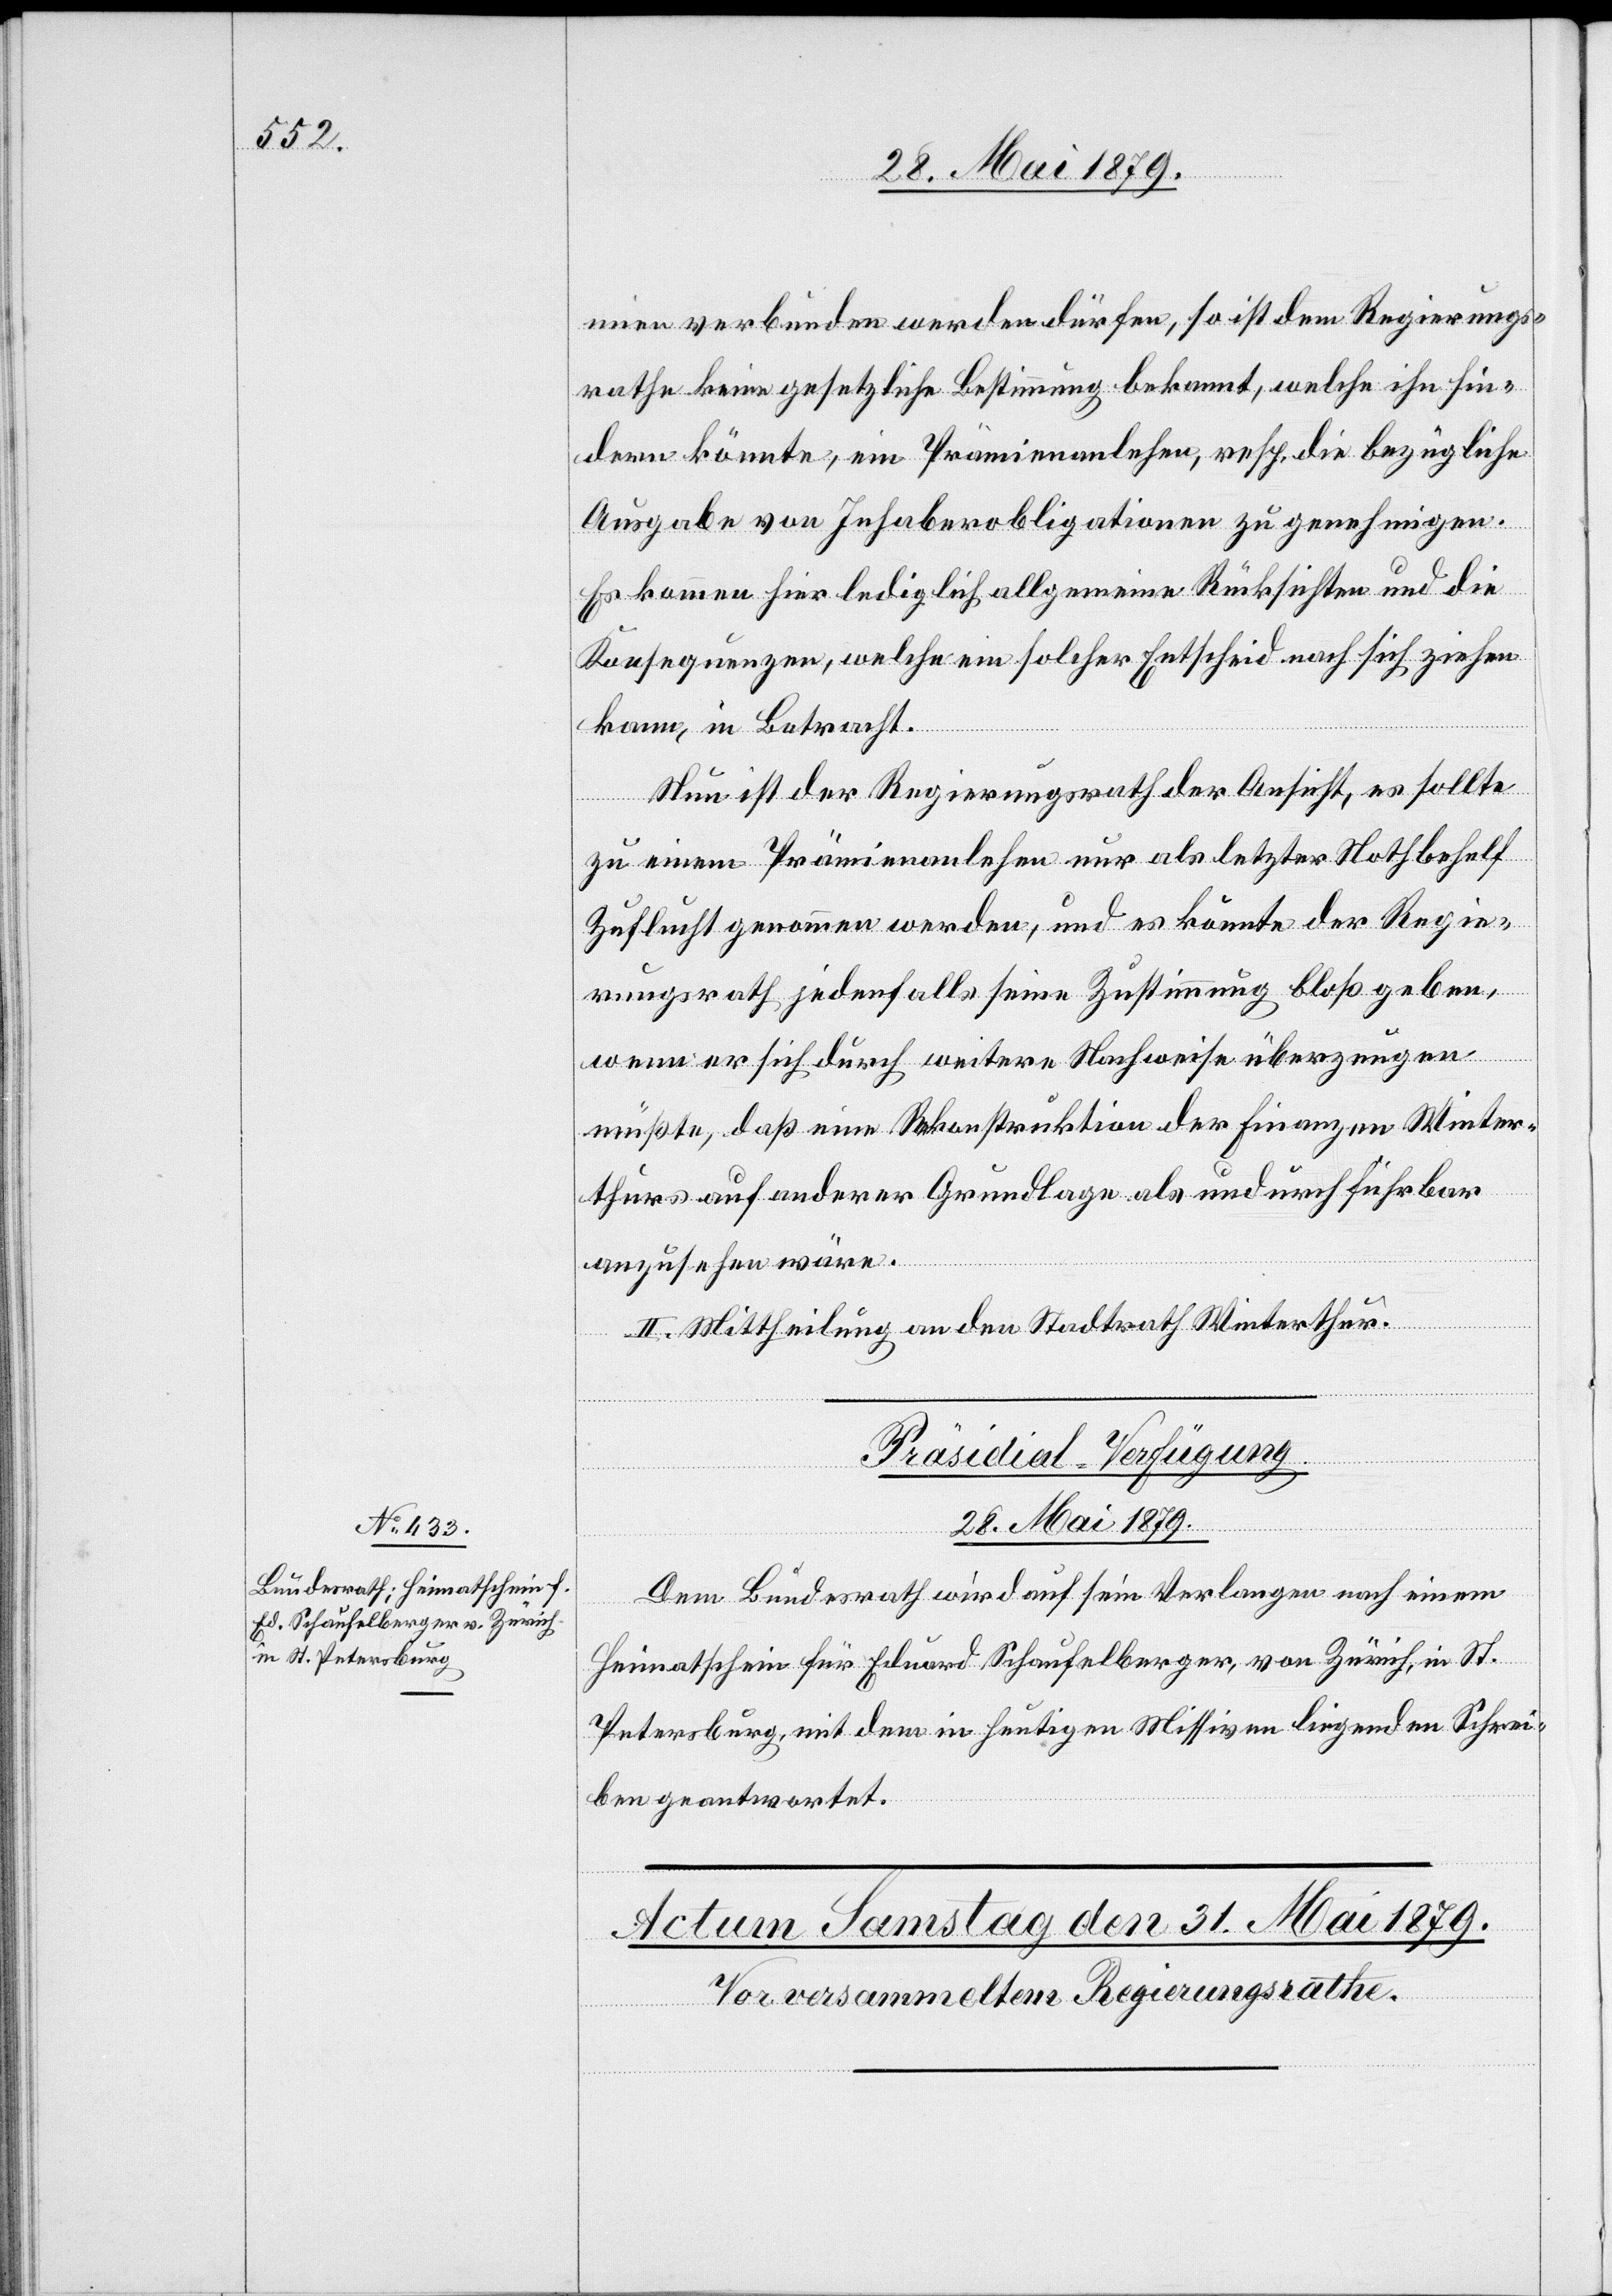
mien verbunden werden dürfen, so ist dem Regierungs¬
rathe keine gesetzliche Bestimmung bekannt, welche ihn hin¬
dern könnte, ein Prämienanlehen, resp. die bezügliche
Ausgabe von Inhaberobligationen zu genehmigen.
Es kommen hier lediglich allgemeine Rücksichten und die
Konsequenzen, welche ein solcher Entscheid nach sich ziehen
kann, in Betracht.
Nun ist der Regierungsrath der Ansicht, es sollte
zu einem Prämienanlehen nur als letzter Nothbehelf
Zuflucht genommen werden, und es könnte der Regie¬
rungsrath jedenfalls seine Zustimmung bloß geben,
wenn er sich durch weitere Nachweise überzeugen
müßte, daß eine Rekonstruktion der Finanzen Winter¬
thurs auf anderer Grundlage als undurchführbar
anzusehen wäre.
II. Mittheilung an den Stadtrath Winterthur.
Präsidial-Verfügungen.
28. Mai 1879.
Dem Bundesrath wird auf sein Verlangen nach einem
Heimatschein für Eduard Schaufelberger, von Zürich, in St.
Petersburg, mit dem in heutigen Missiven liegenden Schrei¬
ben geantwortet.